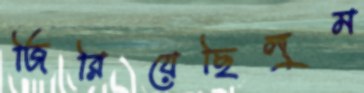
জিরিয়েছিলুম